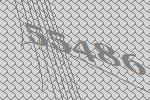
55486